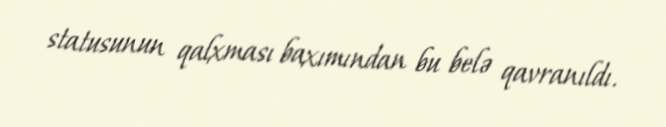
statusunun qalxması baxımından bu belə qavranıldı.